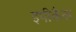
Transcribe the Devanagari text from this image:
इपीकैक